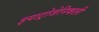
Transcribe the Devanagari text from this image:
इयाट्रोजेनिकली